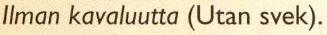
Ilman kavaluutta (Utan svek).